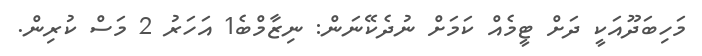
މަހިބަދޫއަކީ ދަށް ޓީމެއް ކަމަށް ނުދެކޭނަން: ނިޒާމްބެ1 އަހަރު 2 މަސް ކުރިން.